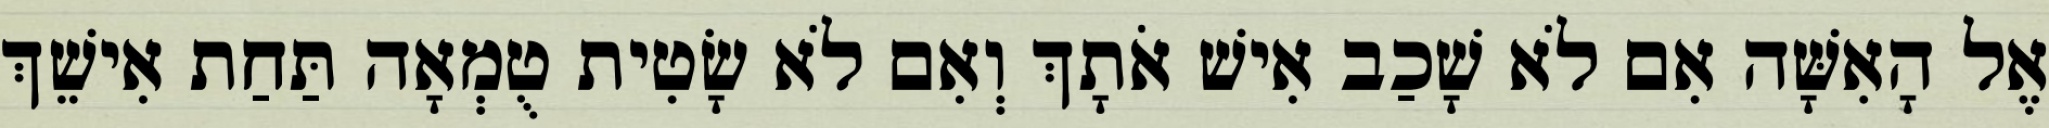
אֶל הָאִשָּׁה אִם לֹא שָׁכַב אִישׁ אֹתָךְ וְאִם לֹא שָׂטִית טֻמְאָה תַּחַת אִישֵׁךְ